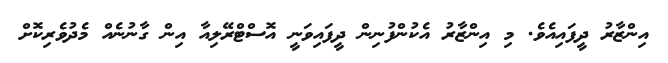
އިންޒާރު ދީފައިއެވެ. މި އިންޒާރު އެކުންފުނިން ދީފައިވަނީ އޮސްޓްރޭލިއާ އިން ގާނުނެއް މެދުވެރިކޮށް